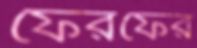
ফেরফের